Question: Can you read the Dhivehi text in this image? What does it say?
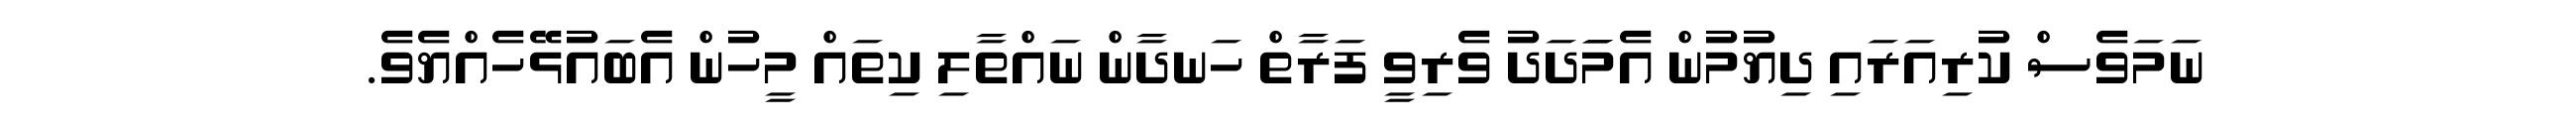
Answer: ނަމަވެސް ކުރިއަރައި ދިޔުމުން އެމަަދަދު ވެރިވީ ފަރާތް ހަނދާން ނައްތާލި ކިތައް މީހުން އެބައުޅޭހެއްޔެވެ.